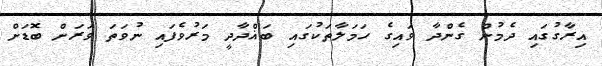
އިރާގުގައި ދެމުން ގެންދާ ވައިގެ ހަމަލާތަކުގައި ބަޣްދާދީ މަރުވެފައި ނުވަތަ ވަރަށް ބޮޑަށް